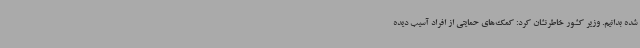
شده بدانیم. وزیر کشور خاطرنشان کرد: کمک‌های حمایتی از افراد آسیب دیده